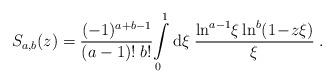
LaTeX: \begin{align*}S_{a,b}(z) = \frac{(-1)^{a+b-1}}{(a-1)! \; b!} \!\int\limits_0^1\mbox{d} \xi\; \frac{\ln^{a-1}\!\xi \ln^b (1\!-\!z\xi)}{\xi} \; .\end{align*}